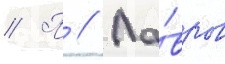
// П // Ла́вров